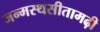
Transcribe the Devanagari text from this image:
जन्मस्थसीतामढ़ी